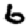
Digit: 6